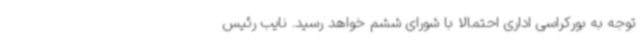
توجه به بورکراسی اداری احتمالا با شورای ششم خواهد رسید. نایب رئیس